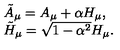
\begin{array} { l l } { \tilde { A } _ { \mu } = A _ { \mu } + \alpha H _ { \mu } , } \\ { \tilde { H } _ { \mu } = \sqrt { 1 - \alpha ^ { 2 } } H _ { \mu } . } \\ \end{array}